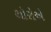
થોરોએ